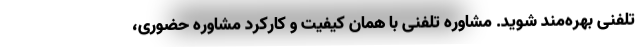
تلفنی بهره‌مند شوید. مشاوره تلفنی با همان کیفیت و کارکرد مشاوره حضوری،